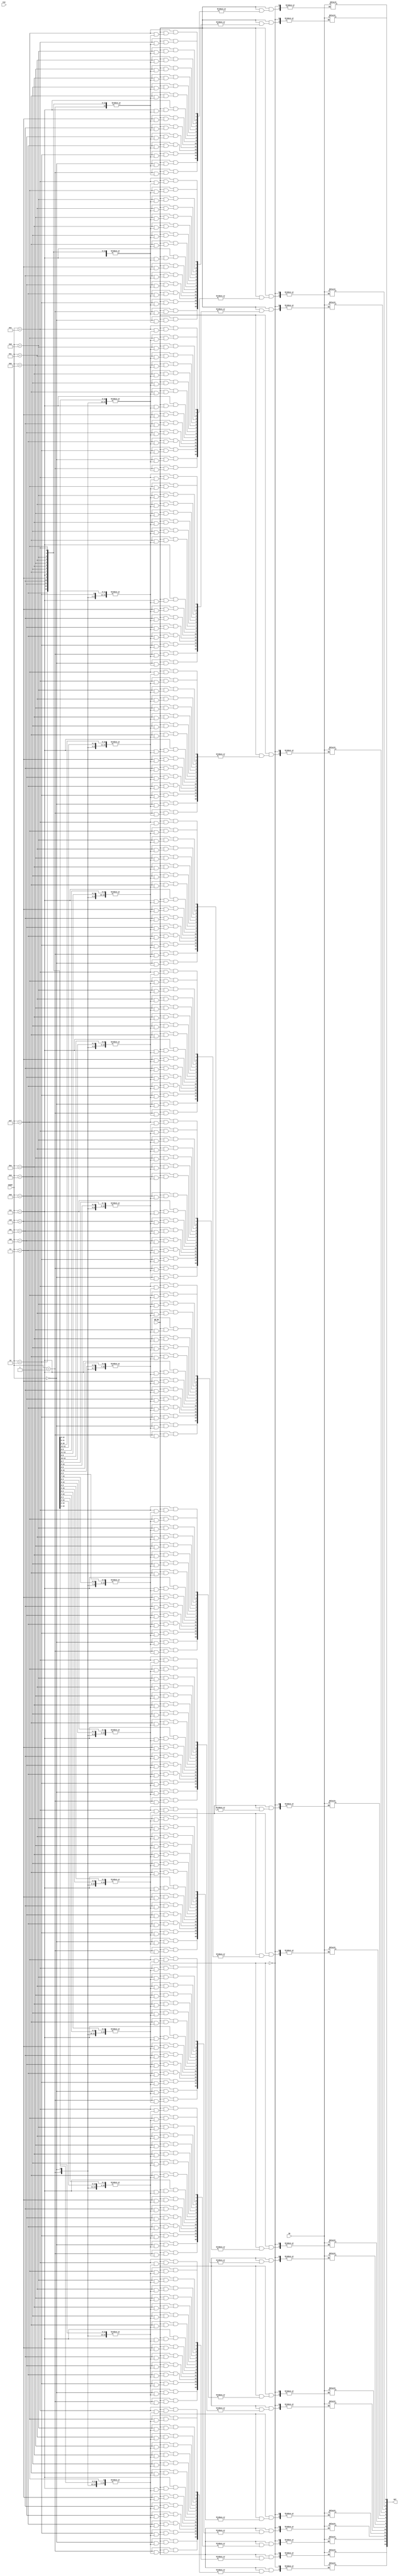
`timescale 1 ns / 1 ps



module de_mux(
	CLK,
	COUNT, WR_EN,
	IN, OUT);
	
	
	input CLK;
	input [3:0] COUNT;
	input WR_EN;  // ONE + 5 bit licznika
	input IN;
	output reg[15:0] OUT;
		
	always@(*) begin
		if(WR_EN) begin
		case(COUNT)
			4'd0: OUT[COUNT] = IN;
			4'd1: OUT[COUNT] = IN;
			4'd2: OUT[COUNT] = IN;
			4'd3: OUT[COUNT] = IN;
			4'd4: OUT[COUNT] = IN;
			4'd5: OUT[COUNT] = IN;
			4'd6: OUT[COUNT] = IN;
			4'd7: OUT[COUNT] = IN;
			4'd8: OUT[COUNT] = IN;
			4'd9: OUT[COUNT] = IN;
			4'd10: OUT[COUNT] = IN;
			4'd11: OUT[COUNT] = IN;
			4'd12: OUT[COUNT] = IN;
			4'd13: OUT[COUNT] = IN;
			4'd14: OUT[COUNT] = IN;
			4'd15: OUT[COUNT] = IN;
			default : OUT[COUNT] = IN;
			endcase

end
end

endmodule